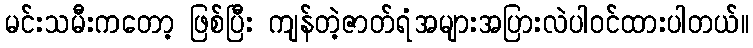
မင်းသမီးကတော့ ဖြစ်ပြီး ကျန်တဲ့ဇာတ်ရံအများအပြားလဲပါဝင်ထားပါတယ်။